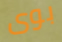
بوى